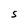
Character: S